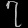
Digit: ၇